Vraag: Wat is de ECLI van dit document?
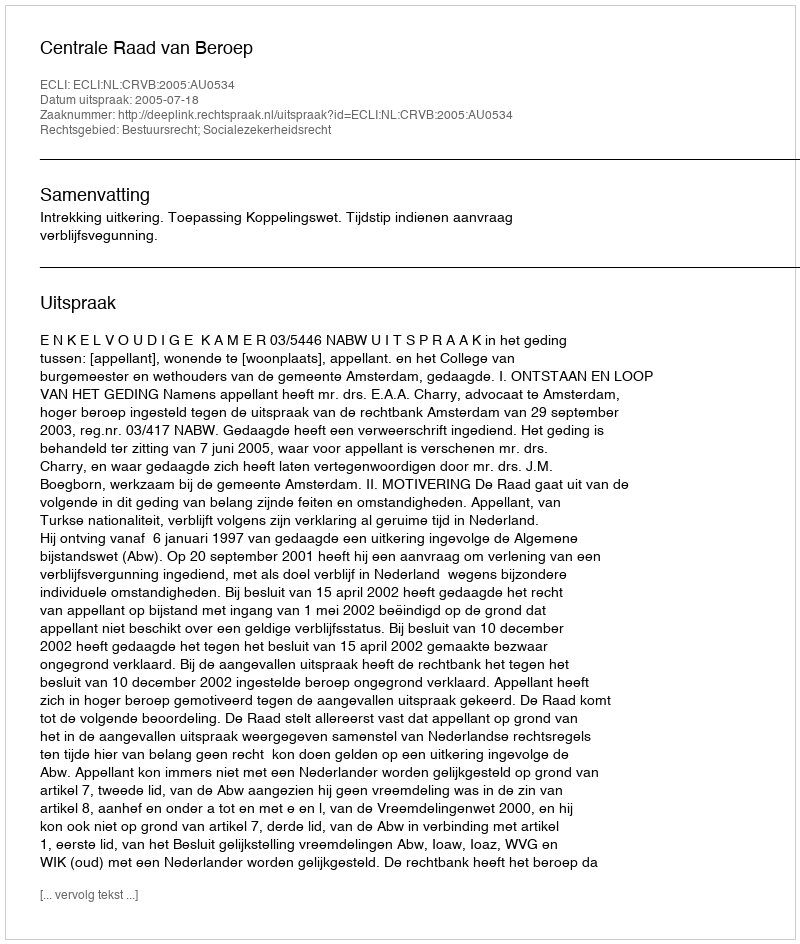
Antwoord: ECLI:NL:CRVB:2005:AU0534